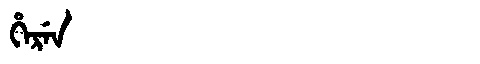
Manchu: ᡥᡝᡵᡝᠨ
Romanization: HEREN